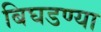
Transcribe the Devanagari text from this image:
बिघडण्या